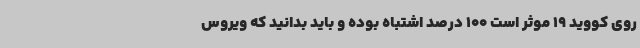
روی کووید 19 موثر است 100 درصد اشتباه بوده و باید بدانید که ویروس